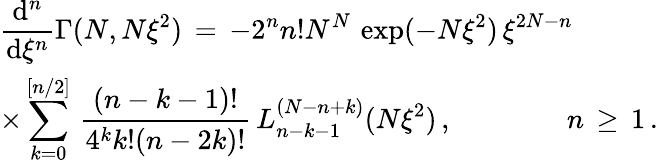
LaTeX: \begin{array}{l}{\displaystyle\frac{\mathrm{d}^{n}}{\mathrm{d}\xi^{n}}\Gamma(N,N\xi^{2})\, =\, -2^{n}n!N^{N}\, \exp(-N\xi^{2})\, \xi^{2N-n}\, }\\ {\displaystyle\times\sum_{k=0}^{[n/2]}\, \frac{(n-k-1)!}{4^{k}k!(n-2k)!}\, L_{n-k-1}^{(N-n+k)}(N\xi^{2})\, ,\qquad\qquad n\, \ge\, 1\, .}\end{array}